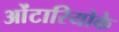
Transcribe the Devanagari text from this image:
ओंटारियोके